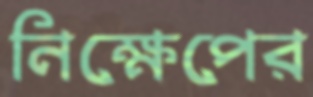
নিক্ষেপের